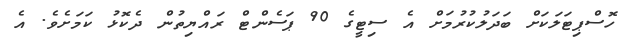
ހޮސްޕިޓަލަކަށް ބަދަލުކުރުމަށް އެ ސިޓީގެ 90 ޕަސެންޓް ރައްޔިތުން ދެކޮޅު ކަމަށެވެ. އެ